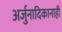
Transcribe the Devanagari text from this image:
अर्जुनादिकानाही